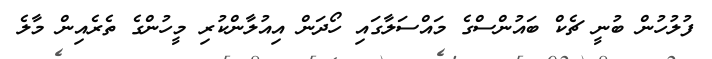
ފުލުހުން ބުނީ ޗެކް ބައުންސްގެ މައްސަލާގައި ހޯދަން އިއުލާންކުރި މީހުންގެ ތެރެއިން މާލެ